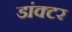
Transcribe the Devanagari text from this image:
डांक्टर